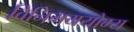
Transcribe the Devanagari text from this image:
विनिमययोग्य